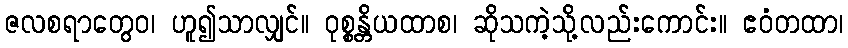
ဇလစရာတွေဝ၊ ဟူ၍သာလျှင်။ ဝုစ္စန္တိယထာစ၊ ဆိုသကဲ့သို့လည်းကောင်း။ ဧဝံတထာ၊